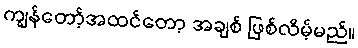
ကျွန်တော့်အထင်တော့ အချစ် ဖြစ်လိမ့်မည်။